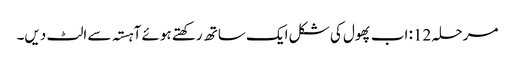
مرحلہ 12: اب پھول کی شکل ایک ساتھ رکھتے ہوئے آہستہ سے الٹ دیں۔